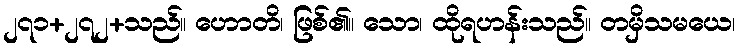
၂၇၁+၂၇၂+သည်။ ဟောတိ၊ ဖြစ်၏။ သော၊ ထိုရဟန်းသည်။ တမှိသမယေ၊